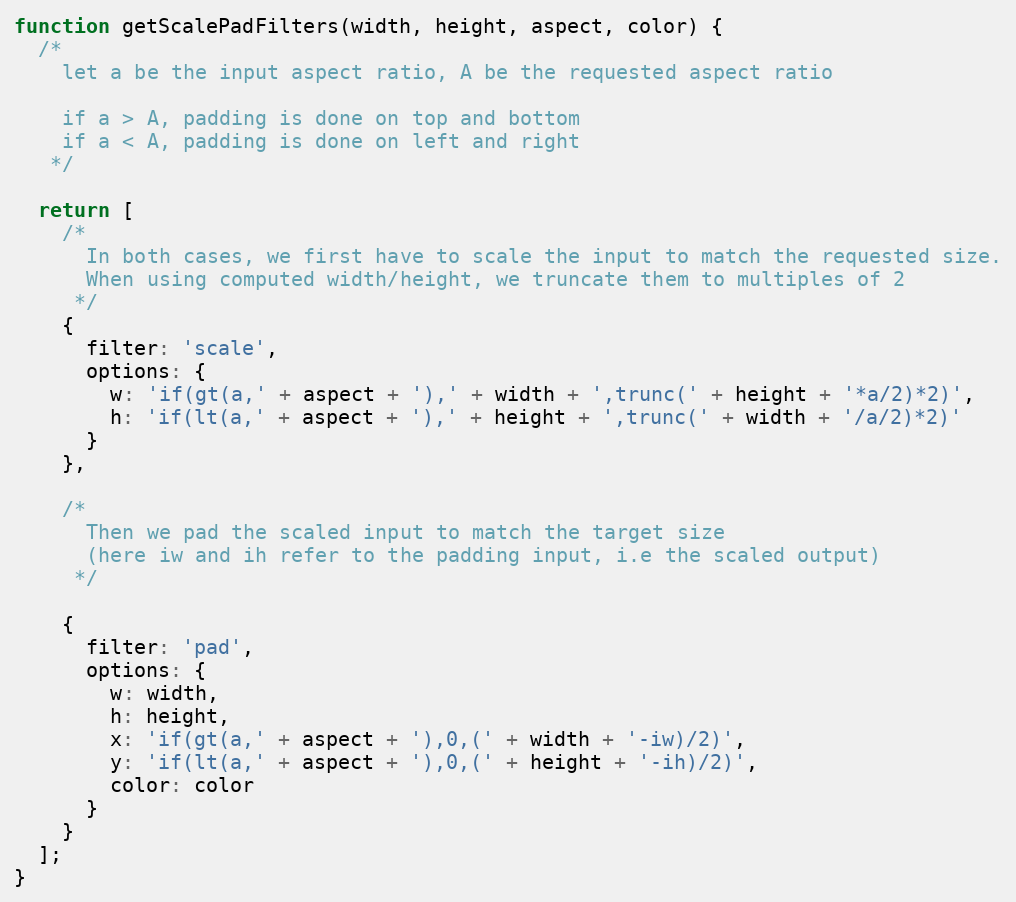
Language: JavaScript
function getScalePadFilters(width, height, aspect, color) {
  /*
    let a be the input aspect ratio, A be the requested aspect ratio

    if a > A, padding is done on top and bottom
    if a < A, padding is done on left and right
   */

  return [
    /*
      In both cases, we first have to scale the input to match the requested size.
      When using computed width/height, we truncate them to multiples of 2
     */
    {
      filter: 'scale',
      options: {
        w: 'if(gt(a,' + aspect + '),' + width + ',trunc(' + height + '*a/2)*2)',
        h: 'if(lt(a,' + aspect + '),' + height + ',trunc(' + width + '/a/2)*2)'
      }
    },

    /*
      Then we pad the scaled input to match the target size
      (here iw and ih refer to the padding input, i.e the scaled output)
     */

    {
      filter: 'pad',
      options: {
        w: width,
        h: height,
        x: 'if(gt(a,' + aspect + '),0,(' + width + '-iw)/2)',
        y: 'if(lt(a,' + aspect + '),0,(' + height + '-ih)/2)',
        color: color
      }
    }
  ];
}